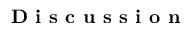
\textbf { D i s c u s s i o n }